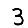
Digit: 3